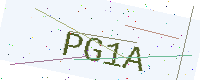
Text: PG1A